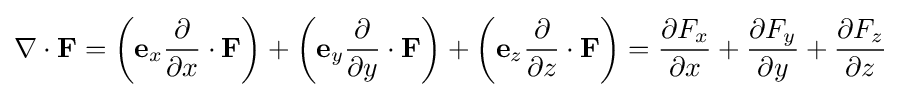
\nabla \cdot \mathbf {F} =\left(\mathbf {e} _{x}{\partial  \over \partial x}\cdot \mathbf {F} \right)+\left(\mathbf {e} _{y}{\partial  \over \partial y}\cdot \mathbf {F} \right)+\left(\mathbf {e} _{z}{\partial  \over \partial z}\cdot \mathbf {F} \right)={\partial F_{x} \over \partial x}+{\partial F_{y} \over \partial y}+{\partial F_{z} \over \partial z}